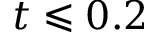
t \leqslant 0 . 2